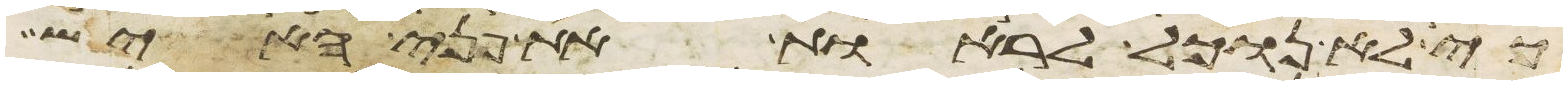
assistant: כי לא נוכל לראות את פני האיש